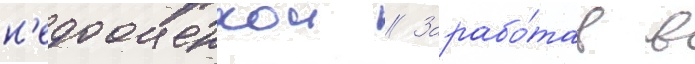
н'едооценкои // Зарабо́тав в